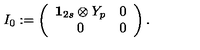
I _ { 0 } : = \left( \begin{array} { c c } { { \bf 1 } _ { 2 s } \otimes Y _ { p } } & { 0 } \\ { 0 } & { 0 } \\ \end{array} \right) .